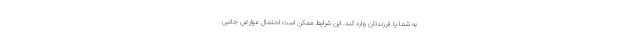
به شما یا فرزندتان وارد کند. این شرایط ممکن است احتمال عوارض جانبی